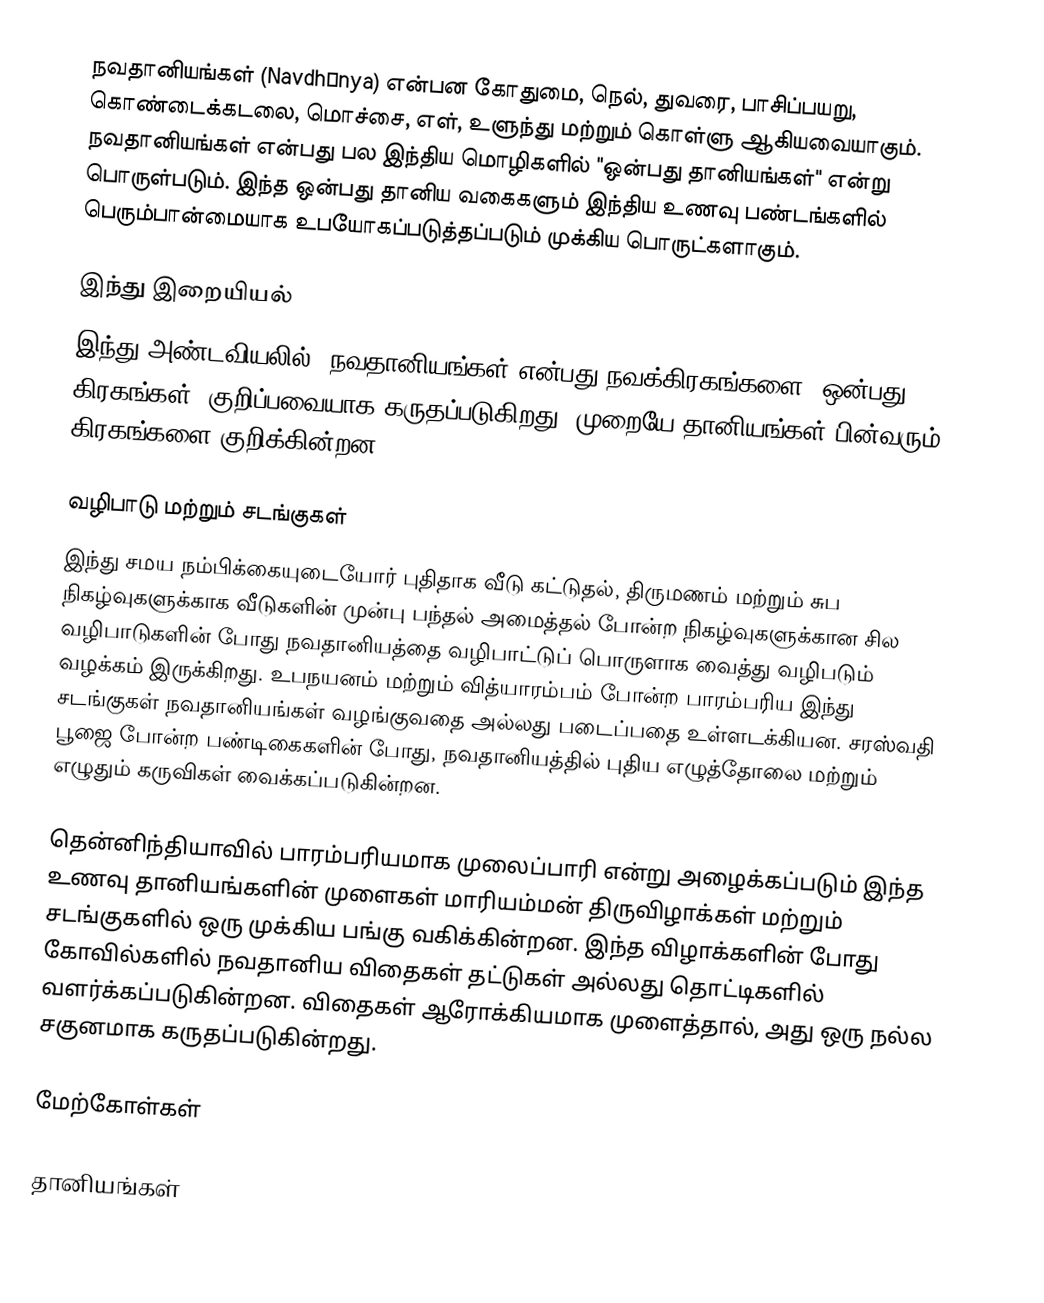
நவதானியங்கள் (Navdhānya) என்பன கோதுமை, நெல், துவரை, பாசிப்பயறு, கொண்டைக்கடலை, மொச்சை, எள், உளுந்து மற்றும் கொள்ளு ஆகியவையாகும். நவதானியங்கள் என்பது பல இந்திய மொழிகளில் "ஒன்பது தானியங்கள்" என்று பொருள்படும். இந்த ஒன்பது தானிய வகைகளும் இந்திய உணவு பண்டங்களில் பெரும்பான்மையாக உபயோகப்படுத்தப்படும் முக்கிய பொருட்களாகும்.

இந்து இறையியல்
இந்து அண்டவியலில், நவதானியங்கள் என்பது நவக்கிரகங்களை (ஒன்பது கிரகங்கள்) குறிப்பவையாக  கருதப்படுகிறது. முறையே தானியங்கள் பின்வரும் கிரகங்களை குறிக்கின்றன:

வழிபாடு மற்றும் சடங்குகள்
இந்து சமய நம்பிக்கையுடையோர் புதிதாக வீடு கட்டுதல், திருமணம் மற்றும் சுப நிகழ்வுகளுக்காக வீடுகளின் முன்பு பந்தல் அமைத்தல் போன்ற நிகழ்வுகளுக்கான சில வழிபாடுகளின் போது நவதானியத்தை வழிபாட்டுப் பொருளாக வைத்து வழிபடும் வழக்கம் இருக்கிறது. உபநயனம் மற்றும் வித்யாரம்பம் போன்ற பாரம்பரிய இந்து சடங்குகள் நவதானியங்கள் வழங்குவதை அல்லது படைப்பதை உள்ளடக்கியன. சரஸ்வதி பூஜை போன்ற பண்டிகைகளின் போது, நவதானியத்தில் புதிய எழுத்தோலை மற்றும் எழுதும் கருவிகள் வைக்கப்படுகின்றன.

தென்னிந்தியாவில் பாரம்பரியமாக முலைப்பாரி என்று அழைக்கப்படும் இந்த உணவு தானியங்களின் முளைகள் மாரியம்மன்  திருவிழாக்கள் மற்றும் சடங்குகளில் ஒரு முக்கிய பங்கு வகிக்கின்றன. இந்த விழாக்களின் போது கோவில்களில் நவதானிய விதைகள் தட்டுகள் அல்லது தொட்டிகளில் வளர்க்கப்படுகின்றன. விதைகள் ஆரோக்கியமாக முளைத்தால், அது ஒரு நல்ல சகுனமாக கருதப்படுகின்றது.

மேற்கோள்கள்

தானியங்கள்